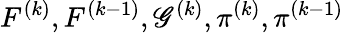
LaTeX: F^{(k)},F^{(k-1)},\mathscr{G}^{(k)},\pi^{(k)},\pi^{(k-1)}